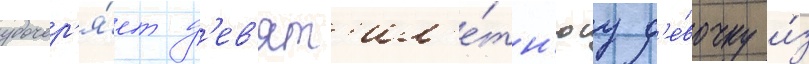
удочер'я́ет д'ев'ят'ил'е́тн'юу д'е́вочку и́з